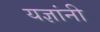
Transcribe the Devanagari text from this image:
यज्ञांनी